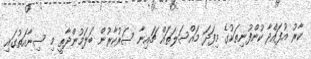
ކާރު އުފައްދާ ކުންފުނިތަކުގެ މިފަދަ މައްސަލަތައް ޗައިނާ ސަރުކާރުން ބަލަމުންދާތީ މި ސިނާއަތުގައި